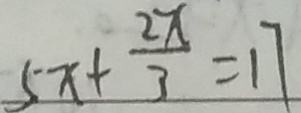
5 x + \frac { 2 x } { 3 } = 1 7